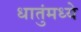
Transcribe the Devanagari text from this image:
धातुंमध्ये